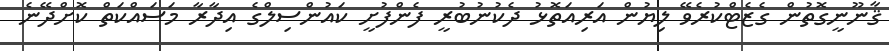
ޤާނޫނީގޮތުން ގެޒެޓްކުރެވޭ ލިޔުން އަރިއަތޮޅު ދެކުނުބުރީ ފެންފުށީ ކައުންސިލްގެ އިދާރާ މަސައްކަތް ކޮށްދޭނެ